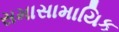
સમાસામાયિક